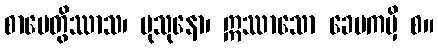
စာပေတွိဿာသ၊ မုသုနော၊ ဣဿာသော ခေပကမှိ စ။